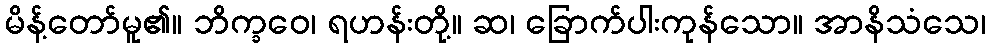
မိန့်တော်မူ၏။ ဘိက္ခဝေ၊ ရဟန်းတို့။ ဆ၊ ခြောက်ပါးကုန်သော။ အာနိသံသေ၊